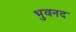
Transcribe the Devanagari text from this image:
भुवनद